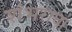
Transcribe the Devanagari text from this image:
शंभराचा